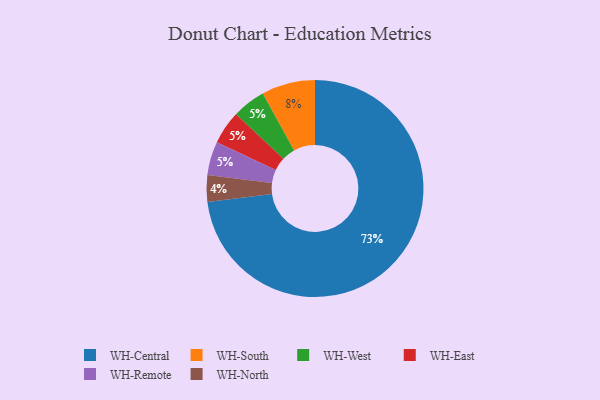
{"axis": {"x": "Category", "y": "Percentage"}, "legend": ["WH-Central", "WH-East", "WH-North", "WH-Remote", "WH-South", "WH-West"], "data": [{"x": "WH-West", "y": 5, "type": "WH-West"}, {"x": "WH-East", "y": 5, "type": "WH-East"}, {"x": "WH-Remote", "y": 5, "type": "WH-Remote"}, {"x": "WH-North", "y": 4, "type": "WH-North"}, {"x": "WH-South", "y": 8, "type": "WH-South"}, {"x": "WH-Central", "y": 73, "type": "WH-Central"}]}